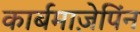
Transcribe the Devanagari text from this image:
कार्बमाज़ेपिंन